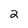
Character: 2